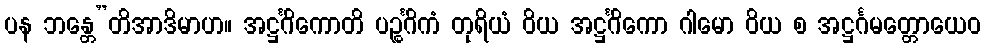
ပန ဘန္တေ”တိအာဒိမာဟ။ အဋ္ဌင်္ဂိကောတိ ပဉ္စင်္ဂိကံ တုရိယံ ဝိယ အဋ္ဌင်္ဂိကော ဂါမော ဝိယ စ အဋ္ဌင်္ဂမတ္တောယေဝ